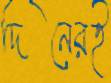
দিনেরই